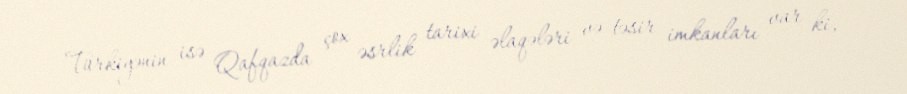
Türkiyənin isə Qafqazda çox əsrlik tarixi əlaqələri və təsir imkanları var ki,